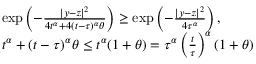
\begin{array} { r l } & { \exp \left( - \frac { | y - z | ^ { 2 } } { 4 t ^ { \alpha } + 4 ( t - \tau ) ^ { \alpha } \theta } \right) \ge \exp \left( - \frac { | y - z | ^ { 2 } } { 4 \tau ^ { \alpha } } \right) , } \\ & { t ^ { \alpha } + ( t - \tau ) ^ { \alpha } \theta \le t ^ { \alpha } ( 1 + \theta ) = \tau ^ { \alpha } \left( \frac { t } { \tau } \right) ^ { \alpha } ( 1 + \theta ) } \end{array}